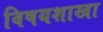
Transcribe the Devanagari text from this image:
विषयशाखा